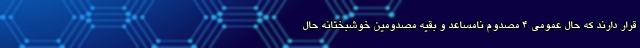
قرار دارند که حال عمومی ۴ مصدوم نامساعد و بقیه مصدومین خوشبختانه حال